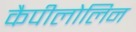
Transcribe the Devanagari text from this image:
कैपीलोलिन